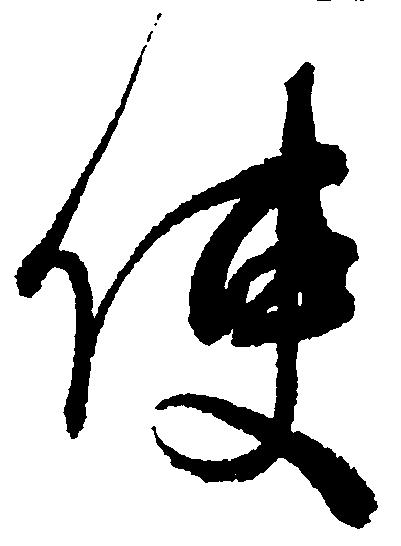
使